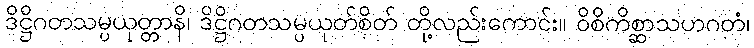
ဒိဋ္ဌိဂတသမ္ပယုတ္တာနိ၊ ဒိဋ္ဌိဂတသမ္ပယုတ်စိတ် တို့လည်းကောင်း။ ဝိစိကိစ္ဆာသဟဂတံ၊